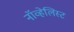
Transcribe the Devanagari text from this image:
नॉव्हेलिस्ट